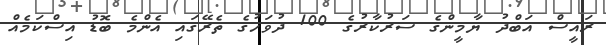
ރައީސް އަބްދު ޔާމީންގެ ސަރުކާރުގެ 100 ދުވަހުގެ ތެރޭގައި އެންމެ ބޮޑު އިސްކަމެއް